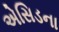
એસિડના